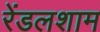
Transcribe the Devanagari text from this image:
रेंडलशाम